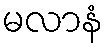
မလာနံ